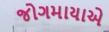
જોગમાયાએ